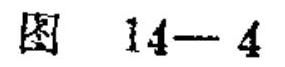
图 \(14 - 4\)